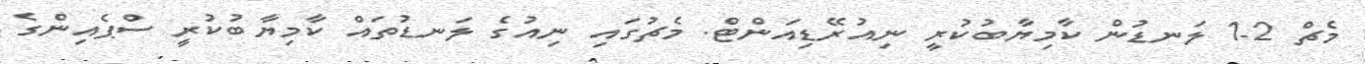
މެޗް 2-1 ލަނޑުން ކާމިޔާބުކުރީ ނިއުރޭޑިއަންޓް. މެޗުގައި ނިއުގެ ލަނޑުތައް ކާމިޔާބުކުރީ ސްޕެއިންގެ